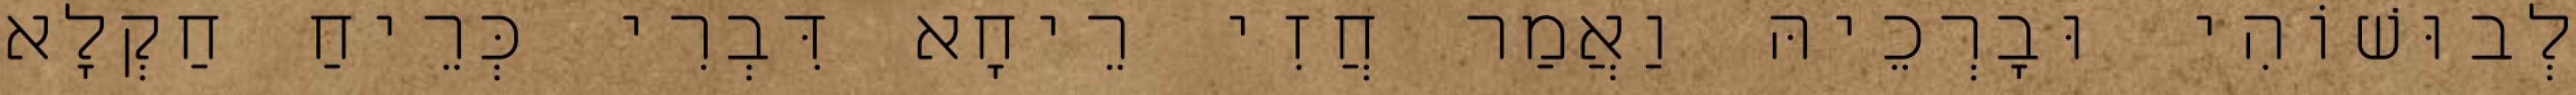
לְבוּשׁוֹהִי וּבָרְכֵיהּ וַאֲמַר חֲזִי רֵיחָא דִּבְרִי כְּרֵיחַ חַקְלָא